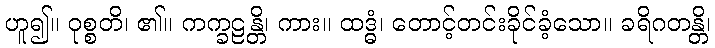
ဟူ၍။ ဝုစ္စတိ၊ ၏။ ကက္ခဠန္တိ၊ ကား။ ထဒ္ဓံ၊ တောင့်တင်းခိုင်ခံ့သော။ ခရိဂတန္တိ၊